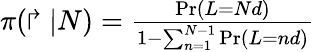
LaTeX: \begin{array}{r}{\pi(\Rsh|N)=\frac{\operatorname*{Pr}(L=Nd)}{1-\sum_{n=1}^{N-1}\operatorname*{Pr}(L=nd)}}\end{array}